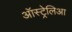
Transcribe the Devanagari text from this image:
ऑस्ट्रेलिआ